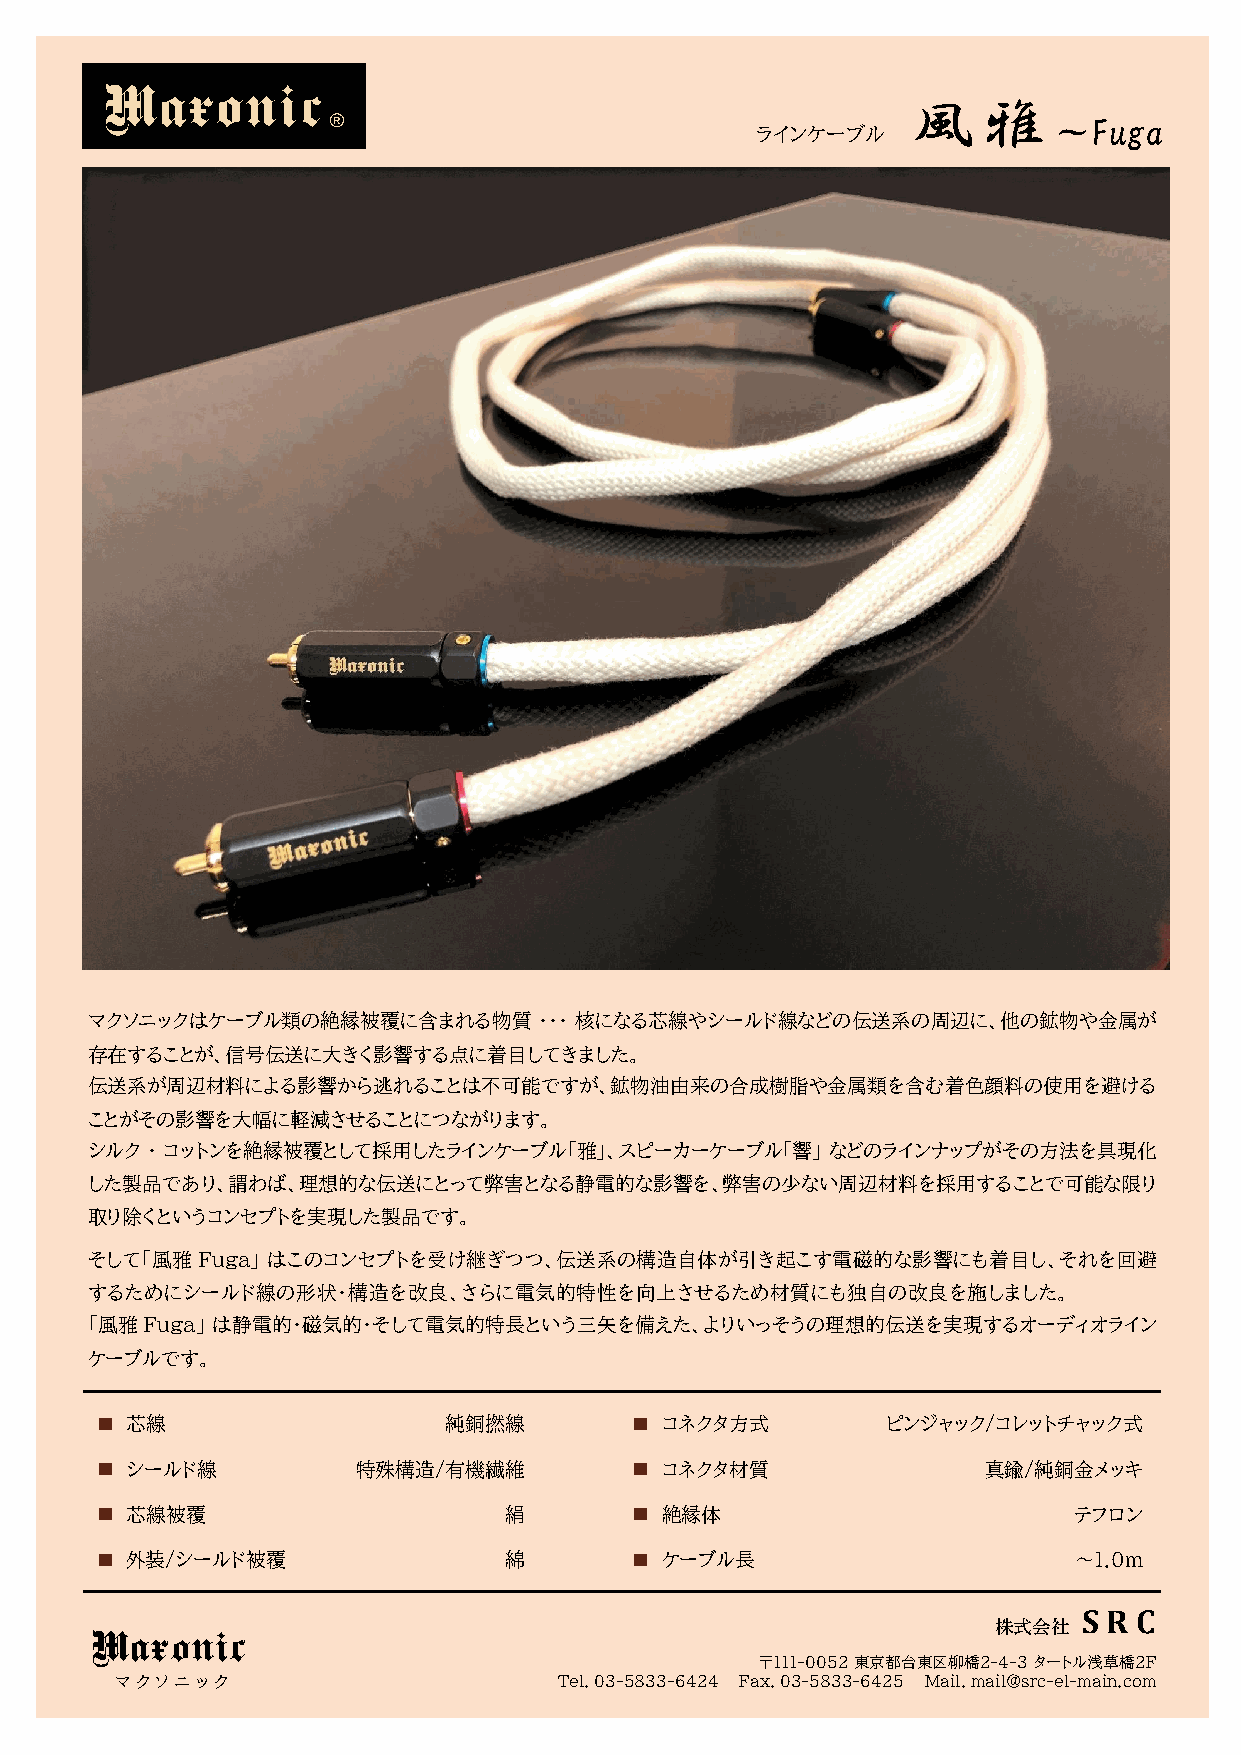
Maxonic
 風    雅
 ®                                               ～Fuga
 ラインケーブル
 マクソニックはケーブル類の絶縁被覆に含まれる物質      ・・・ 核になる芯線やシールド線などの伝送系の周辺に、他の鉱物や金属が
 存在することが、信号伝送に大きく影響する点に着目してきました。
 伝送系が周辺材料による影響から逃れることは不可能ですが、鉱物油由来の合成樹脂や金属類を含む着色顔料の使用を避ける
 ことがその影響を大幅に軽減させることにつながります。
 シルク ・ コットンを絶縁被覆として採用したラインケーブル「雅」、スピーカーケーブル「響」    などのラインナップがその方法を具現化
 した製品であり、謂わば、理想的な伝送にとって弊害となる静電的な影響を、弊害の少ない周辺材料を採用することで可能な限り
 取り除くというコンセプトを実現した製品です。
 そして「風雅 Fuga」 はこのコンセプトを受け継ぎつつ、伝送系の構造自体が引き起こす電磁的な影響にも着目し、それを回避
 するためにシールド線の形状・構造を改良、さらに電気的特性を向上させるため材質にも独自の改良を施しました。
 「風雅 Fuga」 は静電的・磁気的・そして電気的特長という三矢を備えた、よりいっそうの理想的伝送を実現するオーディオライン
 ケーブルです。
 ■ 芯線                   純銅撚線         ■ コネクタ方式         ピンジャック/コレットチャック式
 ■ シールド線           特殊構造/有機繊維         ■ コネクタ材質               真鍮/純銅金メッキ
 ■ 芯線被覆                     絹        ■ 絶縁体                        テフロン
 ■ 外装/シールド被覆                綿        ■ ケーブル長                      ～1.0m
 S R C
 Maxonic                                                     株式会社
 〒111-0052 東京都台東区柳橋2-4-3 タートル浅草橋2F
 マ ク ソ ニ ッ ク                  Tel. 03-5833-6424 Fax. 03-5833-6425 Mail. mail@src-el-main.com